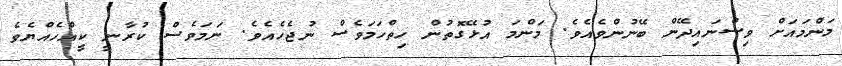
މަންމައަށް ވިސްނައިދޭން ބޭނުންވެއެވެ. މަންމަ އުޅޭގޮތުން ހިތްހަމަވެސް ނުޖެހެއެވެ. ނަމަވެސް ކުރާނީ ކީއްހެއްޔެވެ